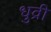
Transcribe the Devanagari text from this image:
धुव्री